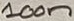
Text: 100n